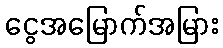
ငွေအမြောက်အမြား